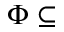
\Phi \subseteq